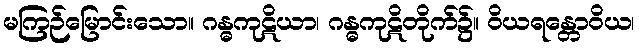
မကြဉ်မြောင်းသော။ ဂန္ဓကုဋိယာ၊ ဂန္ဓကုဋိတိုက်၌။ ဝိယရန္တောဝိယ၊